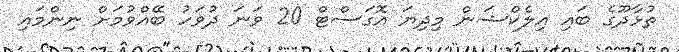
ތުޅާދޫގެ ބައި އިލެކްޝަން މިދިޔަ އޮގަސްޓް 20 ވަނަ ދުވަހު ބޭއްވުމަށް ނިންމައި